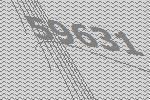
59631